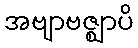
အဗျာဗဇ္ဈာပိ